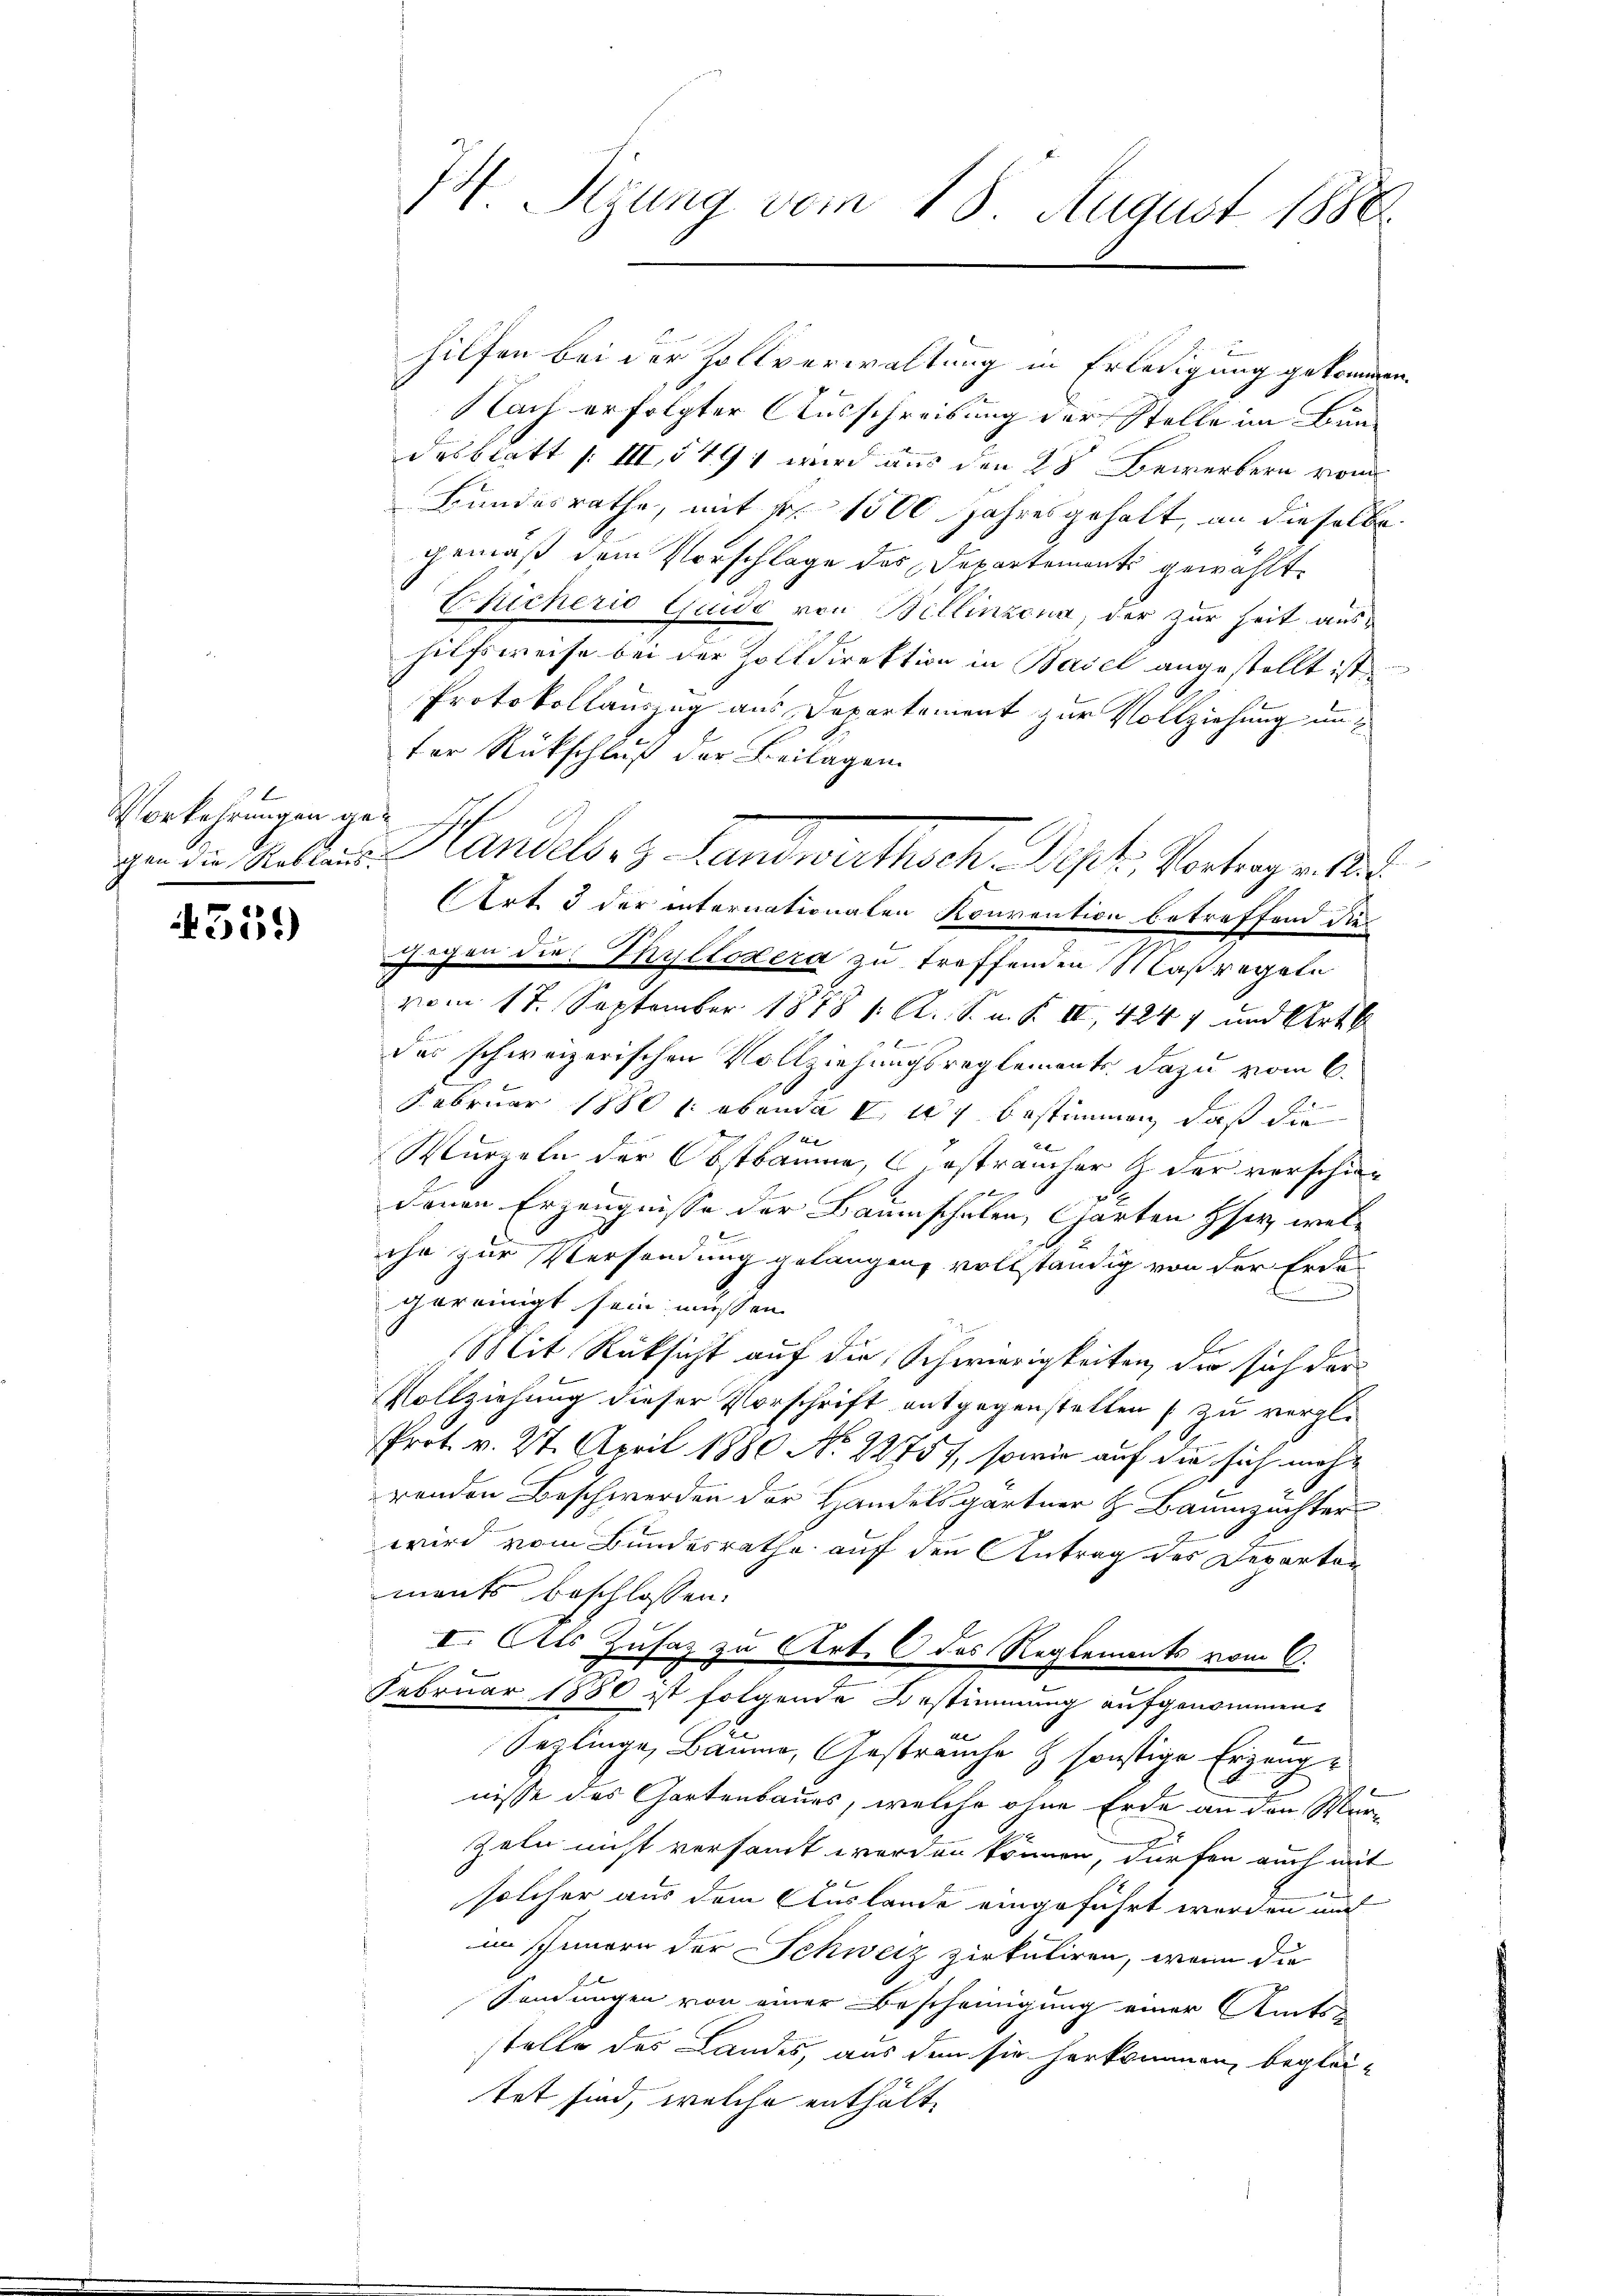
x
Vorkehrungen ge¬

435.)

hilfen bei der Zollverwaltung in Erledigung gekommen.
f
Nach erfolgter Ausschreibung der Stelle im Bundesblatt 1. III, 5441 wird aus den 28 Bewerbern vom
Bundesrathe, mit Nr. 1500 Jahresgehalt, an dieselbe
gemäß dem Vorschlage des Departements gewählt.
Eicherio Guido von Bellinzona, der zur Zeit aushilfsweise bei der Zolldirektion in Basel angestellt ist
Protokollauszug aus Departement zur Vollziehung un
fer Rückschluß der Beilagen.
n
gan die Restaus Handels- & Landwirthsch. Sept, Vortrag v. M
Art. 3 der internationalen Konvention betreffend die
gegen die Thyllodera zu treffenden Maßregeln
vom 17. September 1878 1. A. S. m. R. II, 4247 und Art. 6
des schweizerischen Vollziehungsreglements dazu vom 6.
Februar 1880 (obende I 17 bestimmen, daß die
Wurzeln der Obstbäume, esträucher  der verschien
denen Erzeugnisse der Baumschulen, Garten Herz, welche zur Versendung gelangen, vollständig von der Erdegereinigt sein müssen
Mit Rücksicht auf die Schwierigkeiten, die sich der
Vollziehung dieser Vorschrift entgegenstellen [zu vergl.
Prot. v. 27. April 1880 No 22757, sowie auf die sich mehr
renden Beschwerden der Handelsgartner H. Baumzuchter
wird vom Bundesrathe auf den Antrag des Departen
ments beschlossen:
I. Als Zusaz zu Art. 6 des Reglements vom 6.
Februar 1880 ist folgende Bestimmung aufgenommen,
6
Seglinge, Bauma, Gesträuche & sonstige Erzeugnisse des Gartenbaues, welche ohne Erde an den Mar¬
Zeln nicht versandt worden können, dürfen auch mit
1
solcher aus dem Auslande eingeführt werden auf
im Innern der Schweiz zirkuliren, wenn die
Sendungen von einer Bescheinigung einer Amtsstelle des Landes, aus dem sie herkommen, beglei-
tet sind, welche enthält¬

M. Sigung vom 18. August 1888.